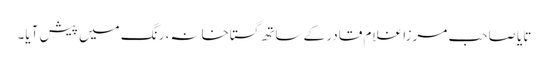
تایا صاحب مرزا غلام قادر کے ساتھ گستاخانہ، رنگ میں پیش آیا۔